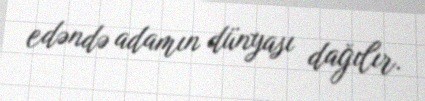
edəndə adamın dünyası dağılır.